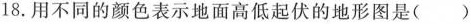
18. 用不同的颜色表示地面高低起伏的地形图是( )